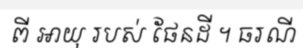
ពី អាយុ របស់ ផែនដី ។ ធរណី